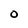
Character: O